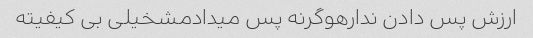
ارزش پس دادن ندارهوگرنه پس میدادمشخیلی بی کیفیته